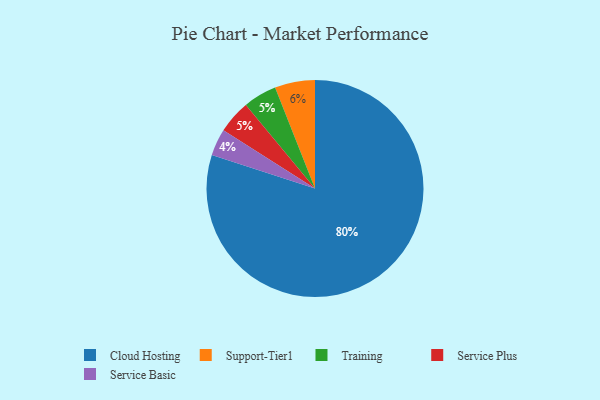
{"axis": {"x": "Category", "y": "Percentage"}, "legend": ["Cloud Hosting", "Service Basic", "Service Plus", "Support-Tier1", "Training"], "data": [{"x": "Support-Tier1", "y": 6, "type": "Support-Tier1"}, {"x": "Training", "y": 5, "type": "Training"}, {"x": "Cloud Hosting", "y": 80, "type": "Cloud Hosting"}, {"x": "Service Basic", "y": 4, "type": "Service Basic"}, {"x": "Service Plus", "y": 5, "type": "Service Plus"}]}